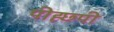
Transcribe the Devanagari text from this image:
पीह्छ्पी